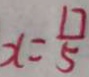
x = \frac { 1 7 } { 5 }